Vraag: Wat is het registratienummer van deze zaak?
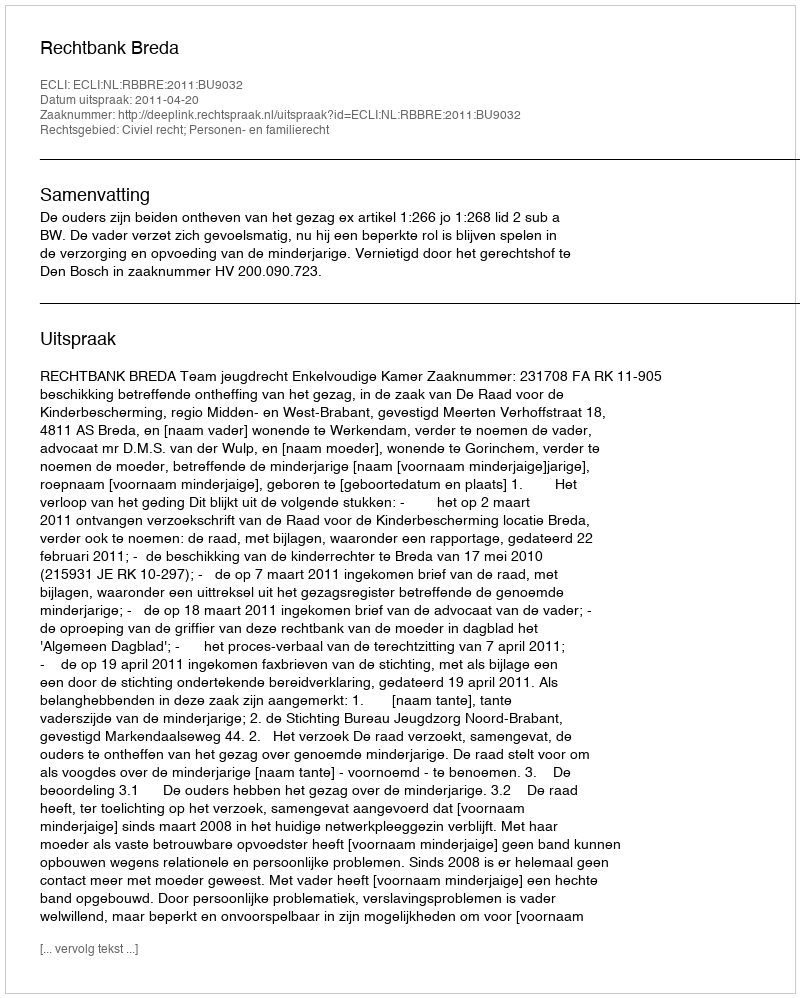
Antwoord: http://deeplink.rechtspraak.nl/uitspraak?id=ECLI:NL:RBBRE:2011:BU9032